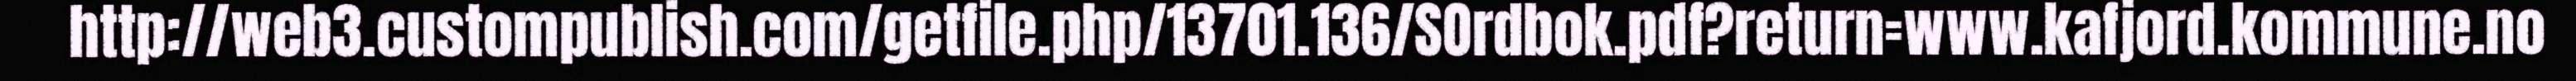
http://web3.custompublish.com/getfile.php/13701.136/SOrdbok.pdf?return=www.kafjord.kommune.no